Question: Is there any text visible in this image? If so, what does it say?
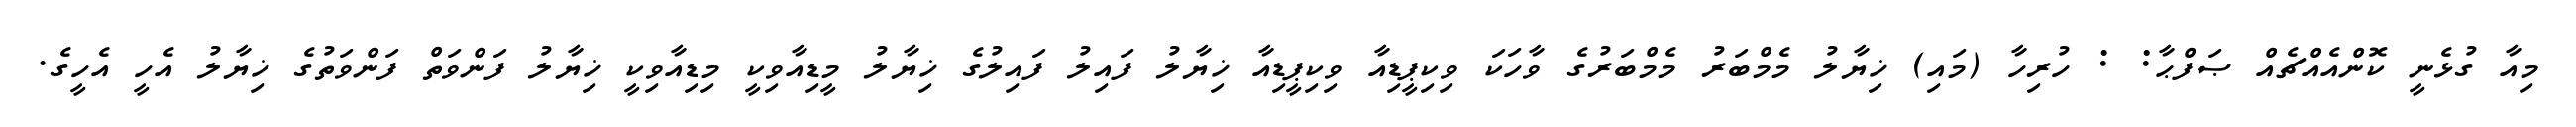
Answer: މިއާ ގުޅެނީ ކޮންއެއްޗެއް ޞަފްޙާ: : ހުރިހާ (މައި) ޚިޔާލު މެމްބަރު މެމްބަރުގެ ވާހަކަ ވިކިޕީޑިއާ ވިކިޕީޑިއާ ޚިޔާލު ފައިލު ފައިލުގެ ޚިޔާލު މީޑިއާވިކީ މިޑިއާވިކީ ޚިޔާލު ފަންވަތް ފަންވަތުގެ ޚިޔާލު އެހީ އެހީގެ.